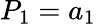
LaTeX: P_{1}=a_{1}